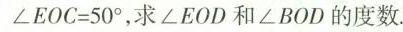
$$∠ E O C = 5 0 °$$，求∠EOD和∠BOD的度数.